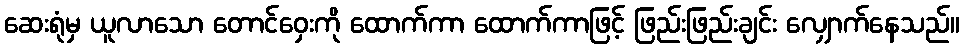
ဆေးရုံမှ ယူလာသော တောင်ဝှေးကို ထောက်ကာ ထောက်ကာဖြင့် ဖြည်းဖြည်းချင်း လျှောက်နေသည်။